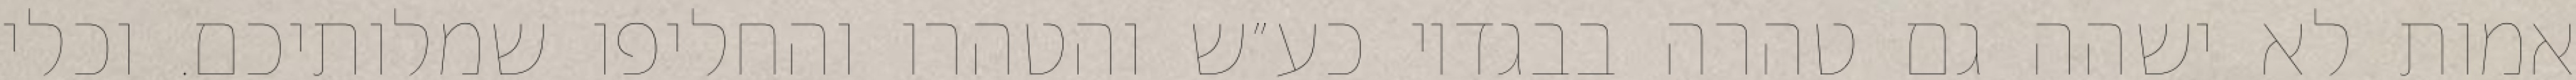
אמות לא ישהה גם טהרה בבגדיו כע״ש והטהרו והחליפו שמלותיכם. וכלי